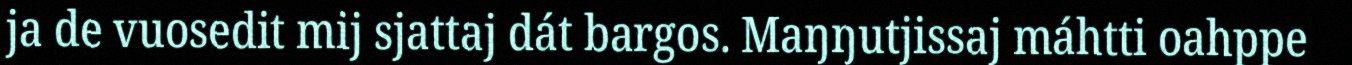
ja de vuosedit mij sjattaj dát bargos. Maŋŋutjissaj máhtti oahppe